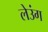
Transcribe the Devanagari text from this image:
लेउंग